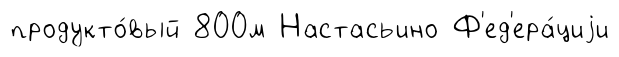
продукто́вый 800м Настасьино Ф'ед'ера́циjи